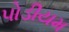
પોડીયમ